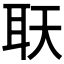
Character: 𦔿